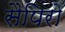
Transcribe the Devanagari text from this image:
सैपिरो